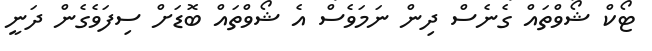
ޓޯކް ޝޯވްތައް ގެނެސް ދިން ނަމަވެސް އެ ޝޯވްތައް ބޮޑަށް ސިފަވެގެން ދަނީ